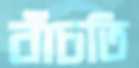
বাঁচতি